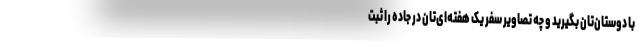
با دوستان‌تان بگیرید و چه تصاویر سفر یک‌ هفته‌ای‌تان در جاده را ثبت